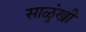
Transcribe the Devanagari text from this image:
साळुंखी